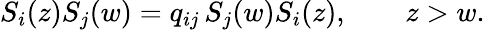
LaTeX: S_{i}(z)S_{j}(w)=q_{ij}\, S_{j}(w)S_{i}(z),\qquad z>w.